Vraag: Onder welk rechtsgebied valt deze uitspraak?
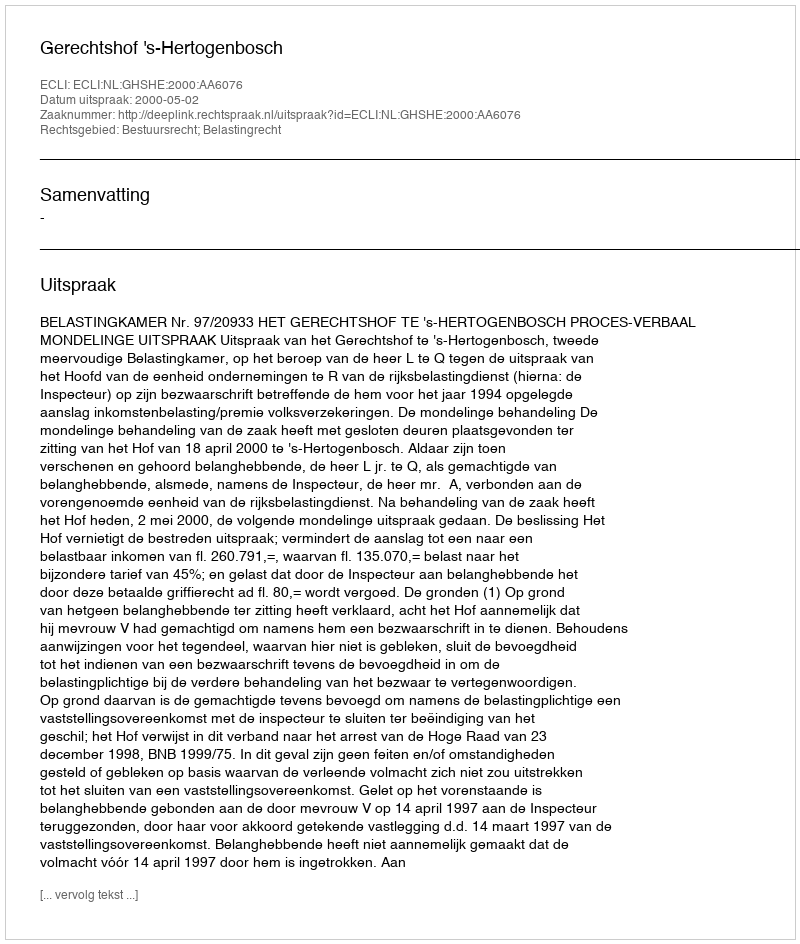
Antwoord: Bestuursrecht; Belastingrecht